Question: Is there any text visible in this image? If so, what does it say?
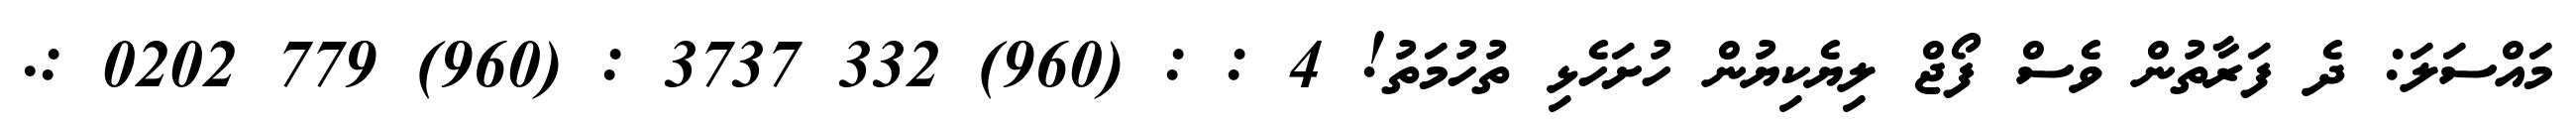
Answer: މައްސަލަ: ދެ ފަރާތުން ވެސް ފޯޖް ލިޔެކިޔުން ހުށަހެޅި ތުހުމަތު! 4 : : (960) 332 3737 : (960) 779 0202 :.